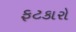
ફટકારો